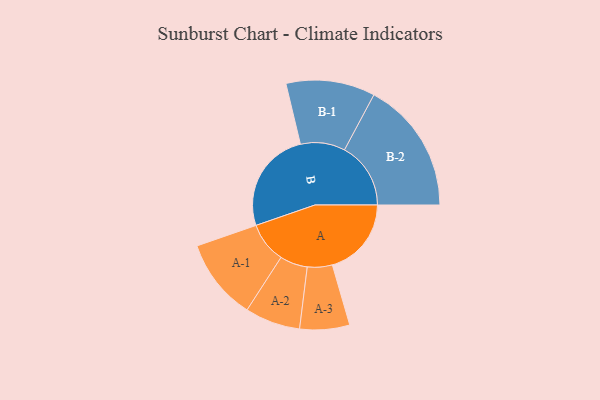
{"axis": {"x": "Segment", "y": "Value"}, "legend": ["", "A", "B"], "data": [{"x": "A", "y": 346, "type": ""}, {"x": "B", "y": 448, "type": ""}, {"x": "A-1", "y": 178, "type": "A"}, {"x": "A-2", "y": 121, "type": "A"}, {"x": "A-3", "y": 109, "type": "A"}, {"x": "B-1", "y": 195, "type": "B"}, {"x": "B-2", "y": 290, "type": "B"}]}